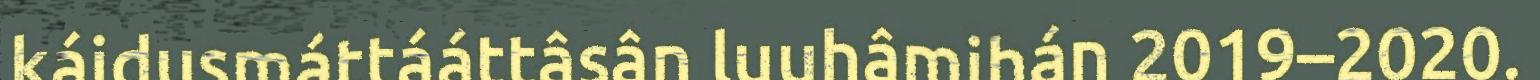
káidusmáttááttâsân luuhâmihán 2019–2020.